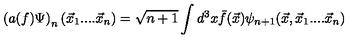
\left( a ( f ) \Psi \right) _ { n } ( \vec { x } _ { 1 } . . . . \vec { x } _ { n } ) = \sqrt { n + 1 } \int d ^ { 3 } x \bar { f } ( \vec { x } ) \psi _ { n + 1 } ( \vec { x } , \vec { x } _ { 1 } . . . . \vec { x } _ { n } )